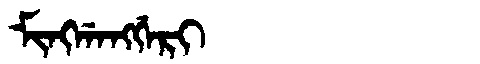
Manchu: ᠮᡳᠩᡤᠠᠩᡤᡝᡵᡳ
Romanization: MINGGANGGERI